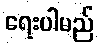
ရေးပါမည်